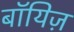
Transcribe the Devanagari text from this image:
बॉयिज़